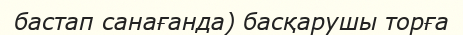
бастап санағанда) басқарушы торға